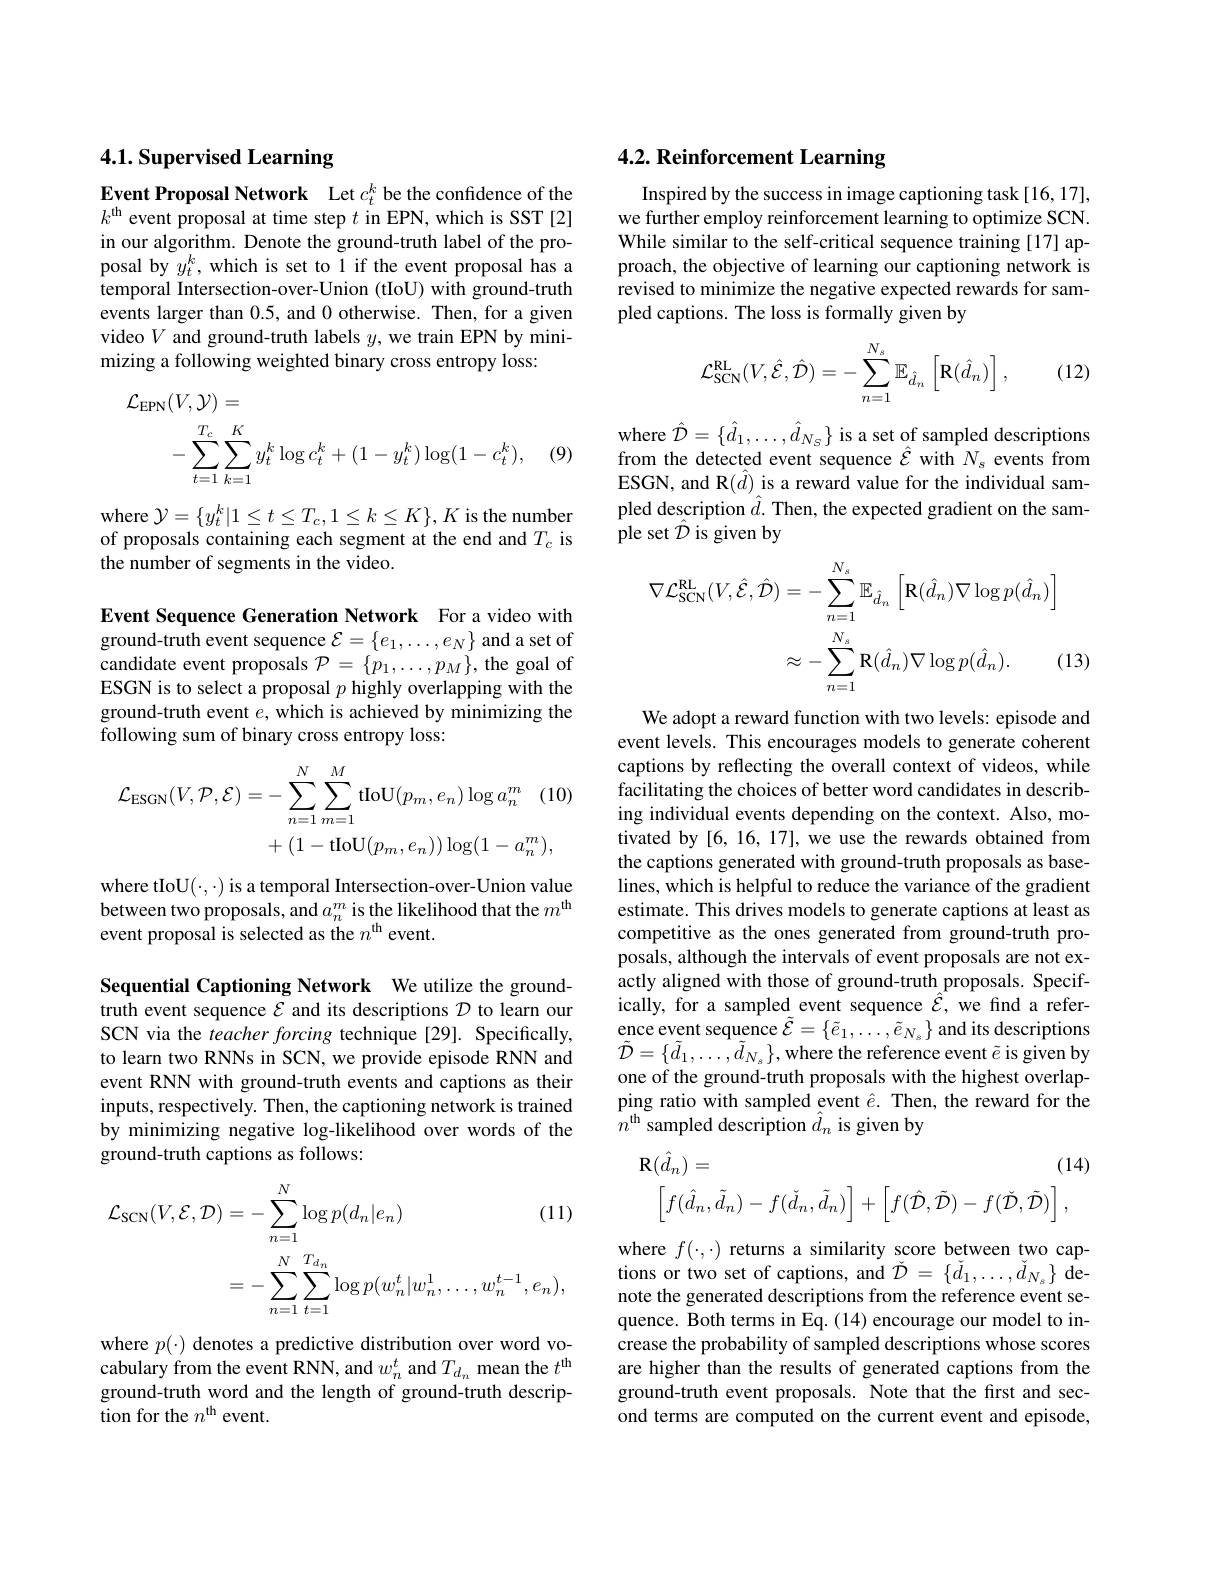
## 4.1. Supervised Learning

Event Proposal Network Let $c_t^k$ be the confidence of the $k^\mathrm{th}$ event proposal at time step $t$ in EPN, which is SST[2] in our algorithm. Denote the ground-truth label of the proposal by$y_t^k$,which is set to 1 if the event proposal has a temporal Intersection-over-Union (tIoU) with ground-truth events larger than 0.5, and 0 otherwise. Then, for a given video $V$ and ground-truth labels $y$,we train EPN by minimizing a following weighted binary cross entropy loss:
$$\begin{aligned}\mathcal{L}_{\mathrm{EPN}}(V,\mathcal{Y})&=\\&-\sum_{t=1}^{T_{c}}\sum_{k=1}^{K}y_{t}^{k}\log c_{t}^{k}+(1-y_{t}^{k})\log(1-c_{t}^{k}),\end{aligned}$$
(9)

where $\mathcal{Y}=\{y_t^k|1\leq t\leq T_c,1\leq k\leq K\},K$ is the number of proposals containing each segment at the end and $T_c$ is the number of segments in the video.

Event Sequence Generation Network For a video with $\dot{\text{ground- truth event sequence}} \mathcal{E} = \{ e_1, \ldots , e_N\}$ and a set of candidate event proposals $\mathcal{P}=\{p_1,\ldots,p_M\}$, the goal of ESGN is to select a proposal $p$ highly overlapping with the ground-truth event $e$, which is achieved by minimizing the following sum of binary cross entropy loss:
$$\begin{aligned}\mathcal{L}_{\mathrm{ESGN}}(V,\mathcal{P},\mathcal{E})&=-\sum_{n=1}^{N}\sum_{m=1}^{M}\mathrm{tIoU}(p_{m},e_{n})\log a_{n}^{m}\quad(10\\&+(1-\mathrm{tIoU}(p_{m},e_{n}))\log(1-a_{n}^{m}),\end{aligned}$$
where tIoU$(\cdot,\cdot)$is a temporal Intersection-over-Union value between two proposals, and $a_n^m$ is the likelihood that the $m^\mathrm{th}$ event proposal is selected as the $n^\mathrm{th}$ event.

Sequential Captioning Network We utilize the groundtruth event sequence $\mathcal{E}$ and its descriptions $\mathcal{D}$ to learn our SCN via the teacher forcing technique [29]. Specifically, to learn two RNNs in SCN, we provide episode RNN and event RNN with ground-truth events and captions as their inputs, respectively. Then, the captioning network is trained by minimizing negative log-likelihood over words of the ground-truth captions as follows:
$$\begin{aligned}\mathcal{L}_{\mathrm{SCN}}(V,\mathcal{E},\mathcal{D})&=-\sum_{n=1}^{N}\log p(d_{n}|e_{n})&\text{(11)}\\&=-\sum_{n=1}^{N}\sum_{t=1}^{T_{d_{n}}}\log p(w_{n}^{t}|w_{n}^{1},\ldots,w_{n}^{t-1},e_{n}),\end{aligned}$$
$\begin{array}{l}\mathrm{where~}p(\cdot)&\mathrm{denotes~a~predictive~distribution~over~word~vo-}\\\mathrm{cabulary~from~the~event~RNN,~and~}w_{n}^{t}\mathrm{~and~}T_{d_{n}}&\mathrm{mean~the~}t^{\mathrm{th}}\end{array}$ ground-truth word and the length of ground-truth description for the $n^\mathrm{th}$ event

## 4.2. Reinforcement Learning

Inspired by the success in image captioning task [16, 17], we further employ reinforcement learning to optimize SCN. While similar to the self-critical sequence training [17] approach, the objective of learning our captioning network is ${\text{revised to minimize the negative expected rewards for sam-}}$ pled captions. The loss is formally given by

(12)
$$\mathcal{L}_{\mathrm{SCN}}^{\mathrm{RL}}(V,\hat{\mathcal{E}},\hat{\mathcal{D}})=-\sum_{n=1}^{N_{s}}\mathbb{E}_{\hat{d}_{n}}\left[\mathbf{R}(\hat{d}_{n})\right],$$
$\begin{array}{l}{\mathrm{where~}\hat{\mathcal{D}}=\{\hat{d}_{1},\ldots,\hat{d}_{N_{s}}\}\text{ is a set of sampled descriptions}}\\{\mathrm{from~the~detected~event~sequence~}\hat{\mathcal{E}}\text{ with }N_{s}\text{ events from}}\\{\mathrm{ESGN,~and~R(\hat{d})~is~a~reward~value~for~the~individual~sam-}}\end{array}$ pled description $\hat{d}.$ Then, the expected gradient on the sample set $\hat{\mathcal{D}}$ is given by
$$\begin{aligned}\nabla\mathcal{L}_{\mathrm{SCN}}^{\mathrm{RL}}(V,\hat{\mathcal{E}},\hat{\mathcal{D}})&=-\sum_{n=1}^{N_{s}}\mathbb{E}_{\hat{d}_{n}}\left[\mathbf{R}(\hat{d}_{n})\nabla\log p(\hat{d}_{n})\right]\\&\approx-\sum_{n=1}^{N_{s}}\mathbf{R}(\hat{d}_{n})\nabla\log p(\hat{d}_{n}).\quad(1\end{aligned}$$
We adopt a reward function with two levels: episode and event levels. This encourages models to generate coherent captions by reflecting the overall context of videos, while facilitating the choices of better word candidates in describing individual events depending on the context. Also, motivated by [6, 16, 17], we use the rewards obtained from the captions generated with ground-truth proposals as baselines, which is helpful to reduce the variance of the gradient estimate. This drives models to generate captions at least as competitive as the ones generated from ground-truth proposals, although the intervals of event proposals are not exactly aligned with those of ground-truth proposals. Specifically, for a sampled event sequence $\hat{\mathcal{E}}$, we find a reference event sequence $\tilde{\mathcal{E}}=\{\tilde{e}_{1},\ldots,\tilde{e}_{{N_{s}}}\}$ and its descriptions $\tilde{\mathcal{D}}=\{\tilde{d}_{1},\ldots,\tilde{d}_{N_{s}}\}$,where the reference event $\tilde{e}$ is given by one of the ground-truth proposals with the highest overlapping ratio with sampled event $\hat{e}.$ Then, the reward for the $n^{\mathrm{th}}$sampled description $\hat{d}_n$ is given by
$$\mathbf{R}(\hat{d}_{n})=(14)\\\left[f(\hat{d}_{n},\tilde{d}_{n})-f(\check{d}_{n},\tilde{d}_{n})\right]+\left[f(\hat{\mathcal{D}},\tilde{\mathcal{D}})-f(\check{\mathcal{D}},\tilde{\mathcal{D}})\right],$$
where $f(\cdot,\cdot)$ returns a similarity score between two captions or two set of captions, and $\check{\mathcal{D}}=\{\check{d}_{1},\ldots,\check{d}_{N_{s}}\}$ denote the generated descriptions from the reference event sequence. Both terms in Eq. (14) encourage our model to increase the probability of sampled descriptions whose scores are higher than the results of generated captions from the ground-truth event proposals. Note that the first and second terms are computed on the current event and episode,